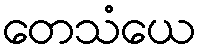
တေသံယေ